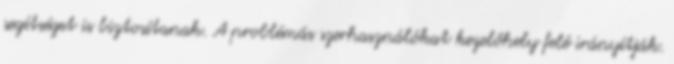
segítséget is biztosítanak. A problémás szerhasználókat kezelőhely felé irányítják.